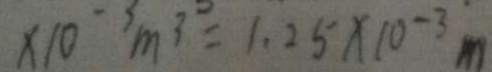
\times 1 0 ^ { - 3 } m ^ { 3 } = 1 . 2 5 \times 1 0 ^ { - 3 } m